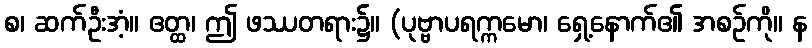
စ၊ ဆက်ဦးအံ့။ ဧတ္ထ၊ ဤ ဖဿတရား၌။ (ပုဗ္ဗာပရက္ကမော၊ ရှေ့နောက်၏ အစဉ်ကို။ န